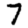
Digit: 7